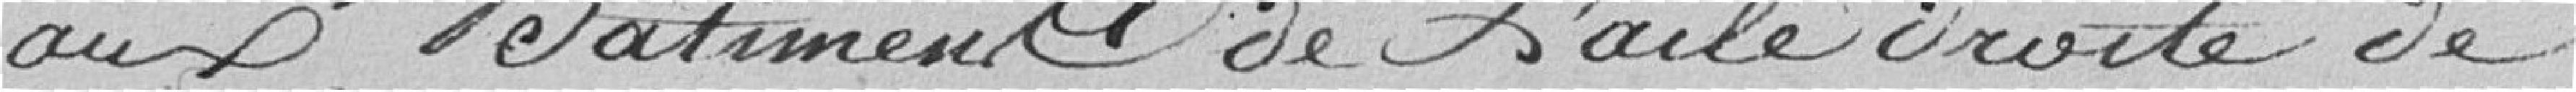
aux Bâtiments de l'aile droite de